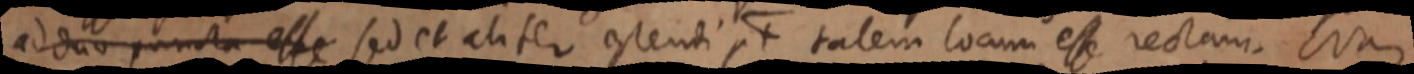
ad duo puncta esse sed et aliter ostendi pt talem locum esse rectam. Nam